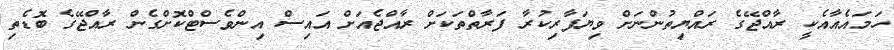
ހަމައެއާއެކީ ރާއްޖޭގެ ރައްޔިތުންނަށް ވިޔަފާރިކުރާ ފަރާތްތަކަށް ރާއްޖެއަށް އައިސް އިންވެސްޓްކޮށްގެން ރާއްޖޭގެ ބޮޑެތި